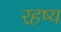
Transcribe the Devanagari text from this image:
रहष्य